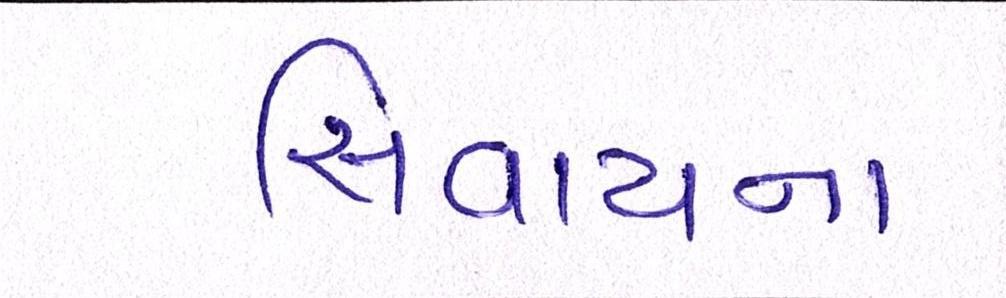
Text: સિવાયના